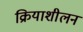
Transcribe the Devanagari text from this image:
क्रियाशीलन